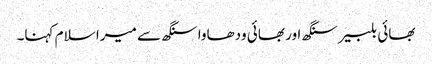
بھائی بلبیر سنگھ اور بھائی ودھاوا سنگھ سے میرا سلام کہنا۔